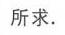
所求.